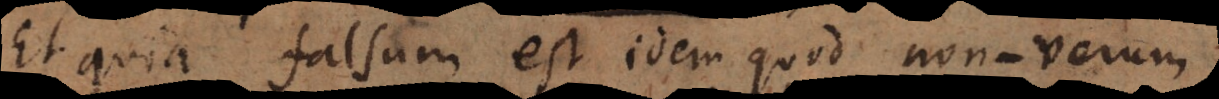
Et quia falsum est idem quod non‐verum